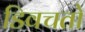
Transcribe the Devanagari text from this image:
डिवचतो